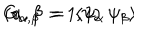
LaTeX: G _ { \alpha , \beta } \; = \; \langle \psi _ { \alpha } \, \psi _ { \beta } \rangle \hspace { 2 c m } ( \alpha , \beta = 1 , 2 )